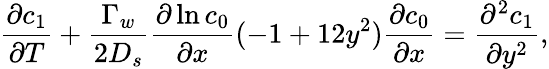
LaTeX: \frac{\partial c_{1}}{\partial T}+\frac{\Gamma_{w}}{2D_{s}}\frac{\partial\ln c_{0}}{\partial x}(-1+12y^{2})\frac{\partial c_{0}}{\partial x}=\frac{\partial^{2}c_{1}}{\partial y^{2}},